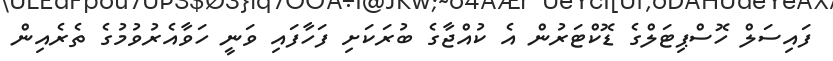
ފައިސަލް ހޮސްޕިޓަލްގެ ޑޮކްޓަރުން އެ ކުއްޖާގެ ބުރަކަށި ފަހާފައި ވަނީ ހަވާއެރުވުމުގެ ތެރެއިން